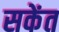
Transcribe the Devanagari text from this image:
सकेंत